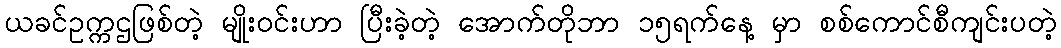
ယခင်ဥက္ကဌဖြစ်တဲ့ မျိုးဝင်းဟာ ပြီးခဲ့တဲ့ အောက်တိုဘာ ၁၅ရက်နေ့ မှာ စစ်ကောင်စီကျင်းပတဲ့